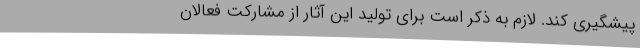
پیشگیری کند. لازم به ذکر است برای تولید این آثار از مشارکت فعالان